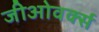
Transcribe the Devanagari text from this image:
जीओवर्क्स